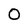
Character: 0